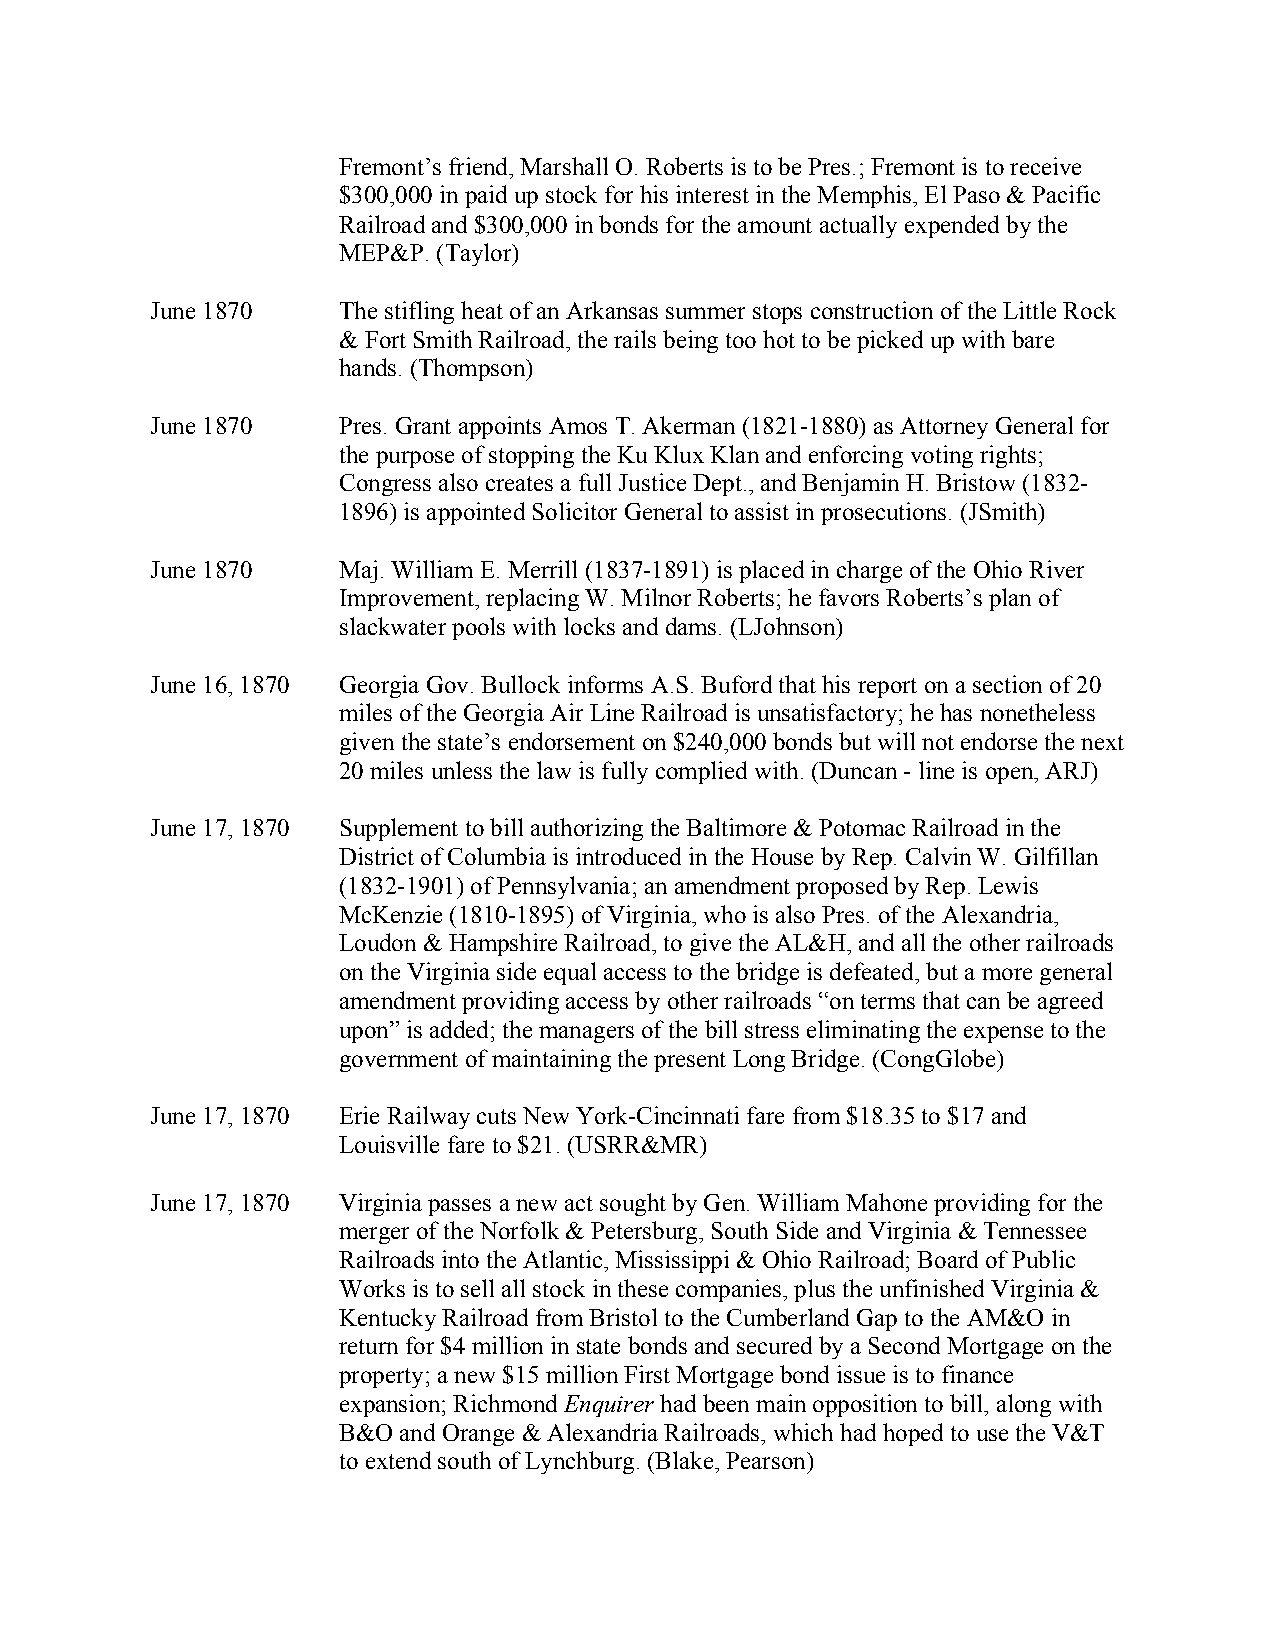
Fremont’s friend, Marshall O. Roberts is to be Pres.; Fremont is to receive
 $300,000 in paid up stock for his interest in the Memphis, El Paso & Pacific
 Railroad and $300,000 in bonds for the amount actually expended by the
 MEP&P. (Taylor)
 June 1870   The stifling heat of an Arkansas summer stops construction of the Little Rock
 & Fort Smith Railroad, the rails being too hot to be picked up with bare
 hands. (Thompson)
 June 1870   Pres. Grant appoints Amos T. Akerman (1821-1880) as Attorney General for
 the purpose of stopping the Ku Klux Klan and enforcing voting rights;
 Congress also creates a full Justice Dept., and Benjamin H. Bristow (1832-
 1896) is appointed Solicitor General to assist in prosecutions. (JSmith)
 June 1870   Maj. William E. Merrill (1837-1891) is placed in charge of the Ohio River
 Improvement, replacing W. Milnor Roberts; he favors Roberts’s plan of
 slackwater pools with locks and dams. (LJohnson)
 June 16, 1870 Georgia Gov. Bullock informs A.S. Buford that his report on a section of 20
 miles of the Georgia Air Line Railroad is unsatisfactory; he has nonetheless
 given the state’s endorsement on $240,000 bonds but will not endorse the next
 20 miles unless the law is fully complied with. (Duncan - line is open, ARJ)
 June 17, 1870 Supplement to bill authorizing the Baltimore & Potomac Railroad in the
 District of Columbia is introduced in the House by Rep. Calvin W. Gilfillan
 (1832-1901) of Pennsylvania; an amendment proposed by Rep. Lewis
 McKenzie (1810-1895) of Virginia, who is also Pres. of the Alexandria,
 Loudon & Hampshire Railroad, to give the AL&H, and all the other railroads
 on the Virginia side equal access to the bridge is defeated, but a more general
 amendment providing access by other railroads “on terms that can be agreed
 upon” is added; the managers of the bill stress eliminating the expense to the
 government of maintaining the present Long Bridge. (CongGlobe)
 June 17, 1870 Erie Railway cuts New York-Cincinnati fare from $18.35 to $17 and
 Louisville fare to $21. (USRR&MR)
 June 17, 1870 Virginia passes a new act sought by Gen. William Mahone providing for the
 merger of the Norfolk & Petersburg, South Side and Virginia & Tennessee
 Railroads into the Atlantic, Mississippi & Ohio Railroad; Board of Public
 Works is to sell all stock in these companies, plus the unfinished Virginia &
 Kentucky Railroad from Bristol to the Cumberland Gap to the AM&O in
 return for $4 million in state bonds and secured by a Second Mortgage on the
 property; a new $15 million First Mortgage bond issue is to finance
 expansion; Richmond Enquirer had been main opposition to bill, along with
 B&O and Orange & Alexandria Railroads, which had hoped to use the V&T
 to extend south of Lynchburg. (Blake, Pearson)